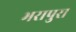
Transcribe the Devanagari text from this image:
भरापुरा